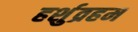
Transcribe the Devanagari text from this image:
हर्शुव्रहम